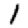
Digit: 1